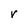
Character: V